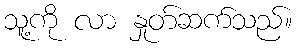
သူ့ကို လာ နှုတ်ဆက်သည်။